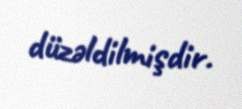
düzəldilmişdir.